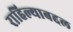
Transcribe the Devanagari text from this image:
राहिल्याबद्दल